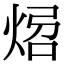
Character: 𤉝